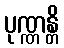
ပုဏ္ဏန္တိ